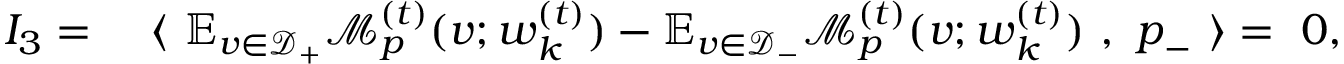
\begin{array} { r l } { I _ { 3 } = } & { ~ \langle ~ \mathbb { E } _ { v \in \mathcal { D } _ { + } } \mathcal { M } _ { p } ^ { ( t ) } ( v ; { \boldsymbol w } _ { k } ^ { ( t ) } ) - \mathbb { E } _ { v \in \mathcal { D } _ { - } } \mathcal { M } _ { p } ^ { ( t ) } ( v ; { \boldsymbol w } _ { k } ^ { ( t ) } ) ~ , ~ { \boldsymbol p } _ { - } ~ \rangle = ~ 0 , } \end{array}